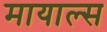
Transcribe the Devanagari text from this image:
मायाल्स